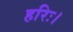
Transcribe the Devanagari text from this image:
हरिः।